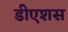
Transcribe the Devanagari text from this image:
डीएशस